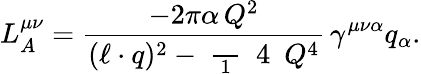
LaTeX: L_{A}^{\mu\nu}=\frac{-2\pi\alpha\, Q^{2}}{(\ell\cdot q)^{2}-\mathrm{~\frac~{~1~}~{~4~}~}Q^{4}}\, \gamma^{\mu\nu\alpha}q_{\alpha}.